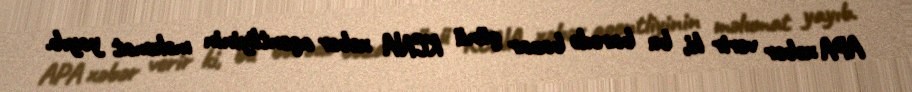
APA xəbər verir ki, bu barədə bazar günü KCNA xəbər agentliyinin məlumat yayıb.